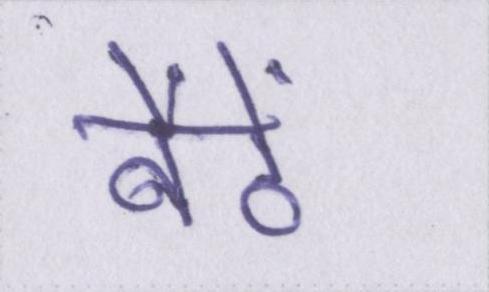
बैठें